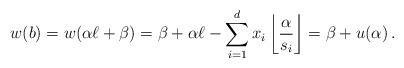
LaTeX: \begin{align*} w(b)=w(\alpha\ell+\beta)=\beta + \alpha\ell - \sum_{i=1}^d x_i\left\lfloor \frac{\alpha}{s_i}\right\rfloor = \beta + u(\alpha) \, . \end{align*}